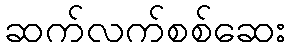
ဆက်လက်စစ်ဆေး